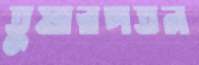
তুষারপতন